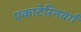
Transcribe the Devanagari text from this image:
एकाटेरिनवर्ग